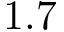
1 . 7